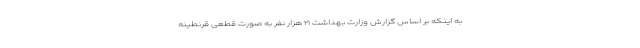
به اینکه بر اساس گزارش وزارت بهداشت ۲۱ هزار نفر به صورت قطعی قرنطینه